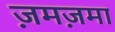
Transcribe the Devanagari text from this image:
ज़मज़मा